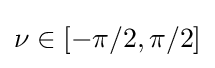
\nu \in \left[-\pi /2,\pi /2\right]